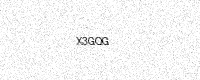
Text: X3GQG